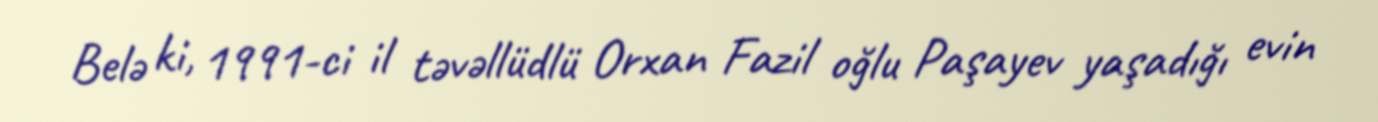
Belə ki, 1991-ci il təvəllüdlü Orxan Fazil oğlu Paşayev yaşadığı evin